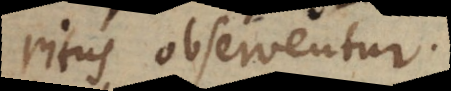
ritus observentur.